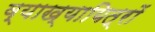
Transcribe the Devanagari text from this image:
व्याख्यायित्रों